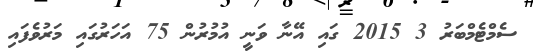
ސެމްޓެމްބަރު 3 2015 ގައި އޭނާ ވަނީ އުމުރުން 75 އަހަރުގައި މަރުވެފައި